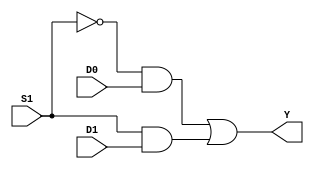
/*                    *
 * mux21.v            *
 * 2-1   *
 * (2-1 )  *
 *                    */

module mux21 (S1, D0, D1, Y);  // 
   input  S1, D0, D1;          //  S1, D0, D1
   output Y;                   //  Y

   // Multiplexer body
   // Y = ((not S1) and D0) or (S1 and D1)
   assign Y = (~S1 & D0)       // 
              | ( S1 & D1);    //  assign 
endmodule